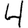
Digit: 4